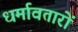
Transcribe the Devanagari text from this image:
धर्मावतारों